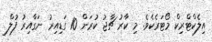
އިލެކްޓްރިކް މޯޓަރެކެވެ. މި ކާރު ޗާޖު ކުރަން 10 ގަޑިއިރު ނަގާާއިރު ފުލް